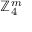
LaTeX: \mathbb { Z } _ { 4 } ^ { m }